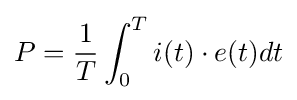
P={\frac {1}{T}}\int _{0}^{T}i(t)\cdot e(t)dt\,\!